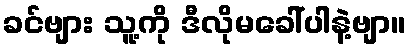
ခင်ဗျား သူ့ကို ဒီလိုမခေါ်ပါနဲ့ဗျာ။